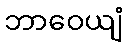
ဘာဝေယျံ